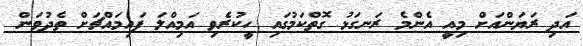
އަދި ރަޔަންއަށް މިއީ އެންމެ ރަނގަޅު ގޮތްކަމުގައި ހީކުރެވި އަމިއްލަ ފައިމައްޗަށް ތެދުވަން